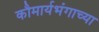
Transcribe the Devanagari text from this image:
कौमार्यभंगाच्या